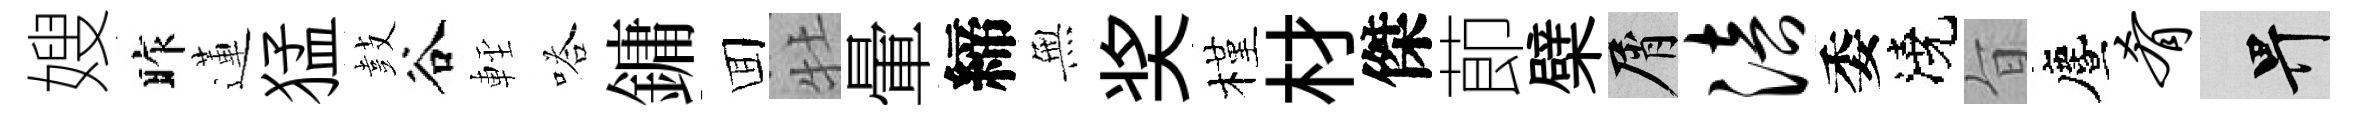
嫂昨蓮猛鼓谷䡖嗒鏞囬牡暈締𭴾奖槿材傑莭檗屑涪委澆旨󵨌肴畀